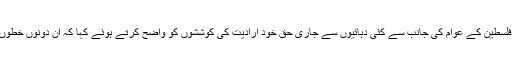
ملیحہ لودھی نے کشمیر اور فلسطین کے عوام کی جانب سے کئی دہائیوں سے جاری حق خود ارادیت کی کوششوں کو واضح کرتے ہوئے کہا کہ ان دونوں خطوں کے مسائل میں مماثلت ہے۔